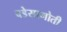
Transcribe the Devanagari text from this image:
वडेसागोती